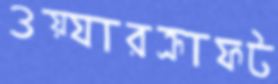
ওয়্যারক্রাফট